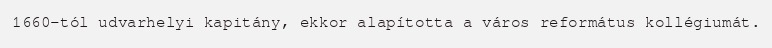
1660-tól udvarhelyi kapitány, ekkor alapította a város református kollégiumát.